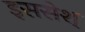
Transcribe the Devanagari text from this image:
इससेश्